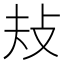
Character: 𢻳